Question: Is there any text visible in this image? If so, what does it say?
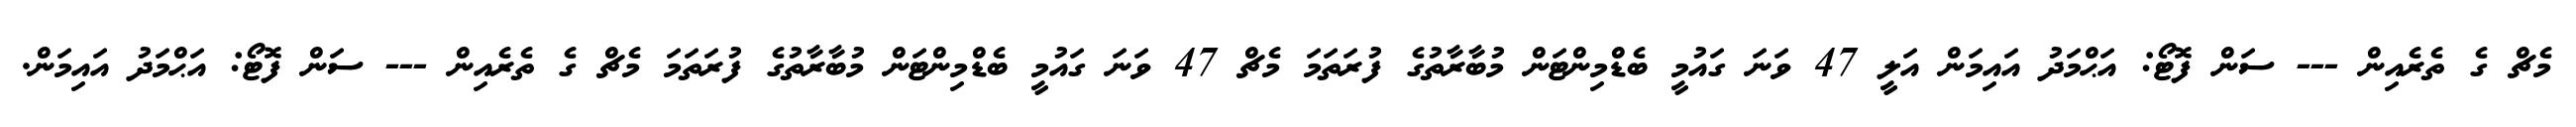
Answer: މެޗް ގެ ތެރެއިން --- ސަން ފޮޓޯ: އަޙްމަދު އައިމަން އަލީ 47 ވަނަ ގައުމީ ބެޑްމިންޓަން މުބާރާތުގެ ފުރަތަމަ މެޗް 47 ވަނަ ގައުމީ ބެޑްމިންޓަން މުބާރާތުގެ ފުރަތަމަ މެޗް ގެ ތެރެއިން --- ސަން ފޮޓޯ: އަޙްމަދު އައިމަން.